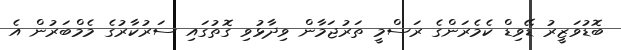
ބޮޑުވަޒީރު ޑޭވިޑް ކެމެރަންގެ ރަސްމީ ތަރުޖަމާން ވިދާޅުވި ގޮތުގައި ސަރުކާރުގެ މެމްބަރުން އެ